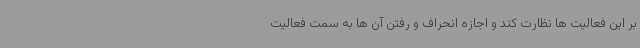
بر این فعالیت ها نظارت کند و اجازه انحراف و رفتن آن ها به سمت فعالیت